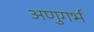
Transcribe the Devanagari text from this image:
अणुगर्भ